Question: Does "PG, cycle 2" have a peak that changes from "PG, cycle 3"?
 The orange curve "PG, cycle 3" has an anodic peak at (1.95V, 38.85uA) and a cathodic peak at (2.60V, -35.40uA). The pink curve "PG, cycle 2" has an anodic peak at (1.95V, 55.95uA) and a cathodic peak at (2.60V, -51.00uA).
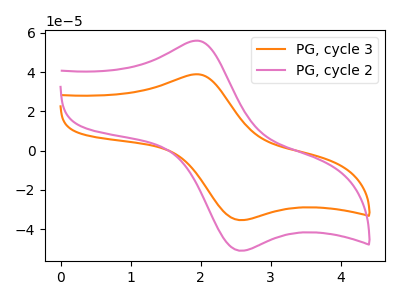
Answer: <think>All the peaks in "PG, cycle 2" have a peak in "PG, cycle 3" at the same potential. Every peak in "PG, cycle 2" is higher than every peak in "PG, cycle 3".
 </think>
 <answer>No, "PG, cycle 2" and "PG, cycle 3" don't appear to be significantly different in shape</answer>
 <eval>no_change</eval>